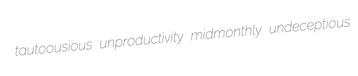
tautoousious unproductivity midmonthly undeceptious